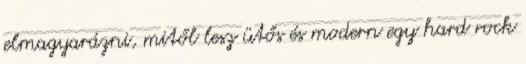
elmagyarázni, mitől lesz ütős és modern egy hard rock